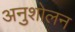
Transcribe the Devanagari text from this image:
अनुशोलन